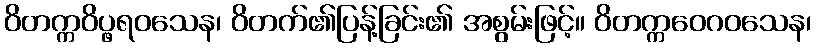
ဝိတက္ကဝိပ္ဖရဝသေန၊ ဝိတက်၏ပြန့်ခြင်း၏ အစွမ်းဖြင့်။ ဝိတက္ကဝေဂဝသေန၊